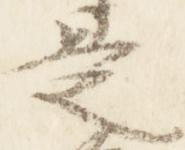
是